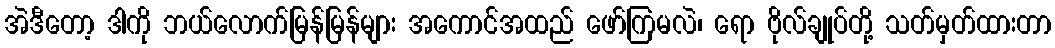
အဲဒီတော့ ဒါကို ဘယ်လောက်မြန်မြန်များ အကောင်အထည် ဖော်ကြမလဲ၊ ရော ဗိုလ်ချုပ်တို့ သတ်မှတ်ထားတာ